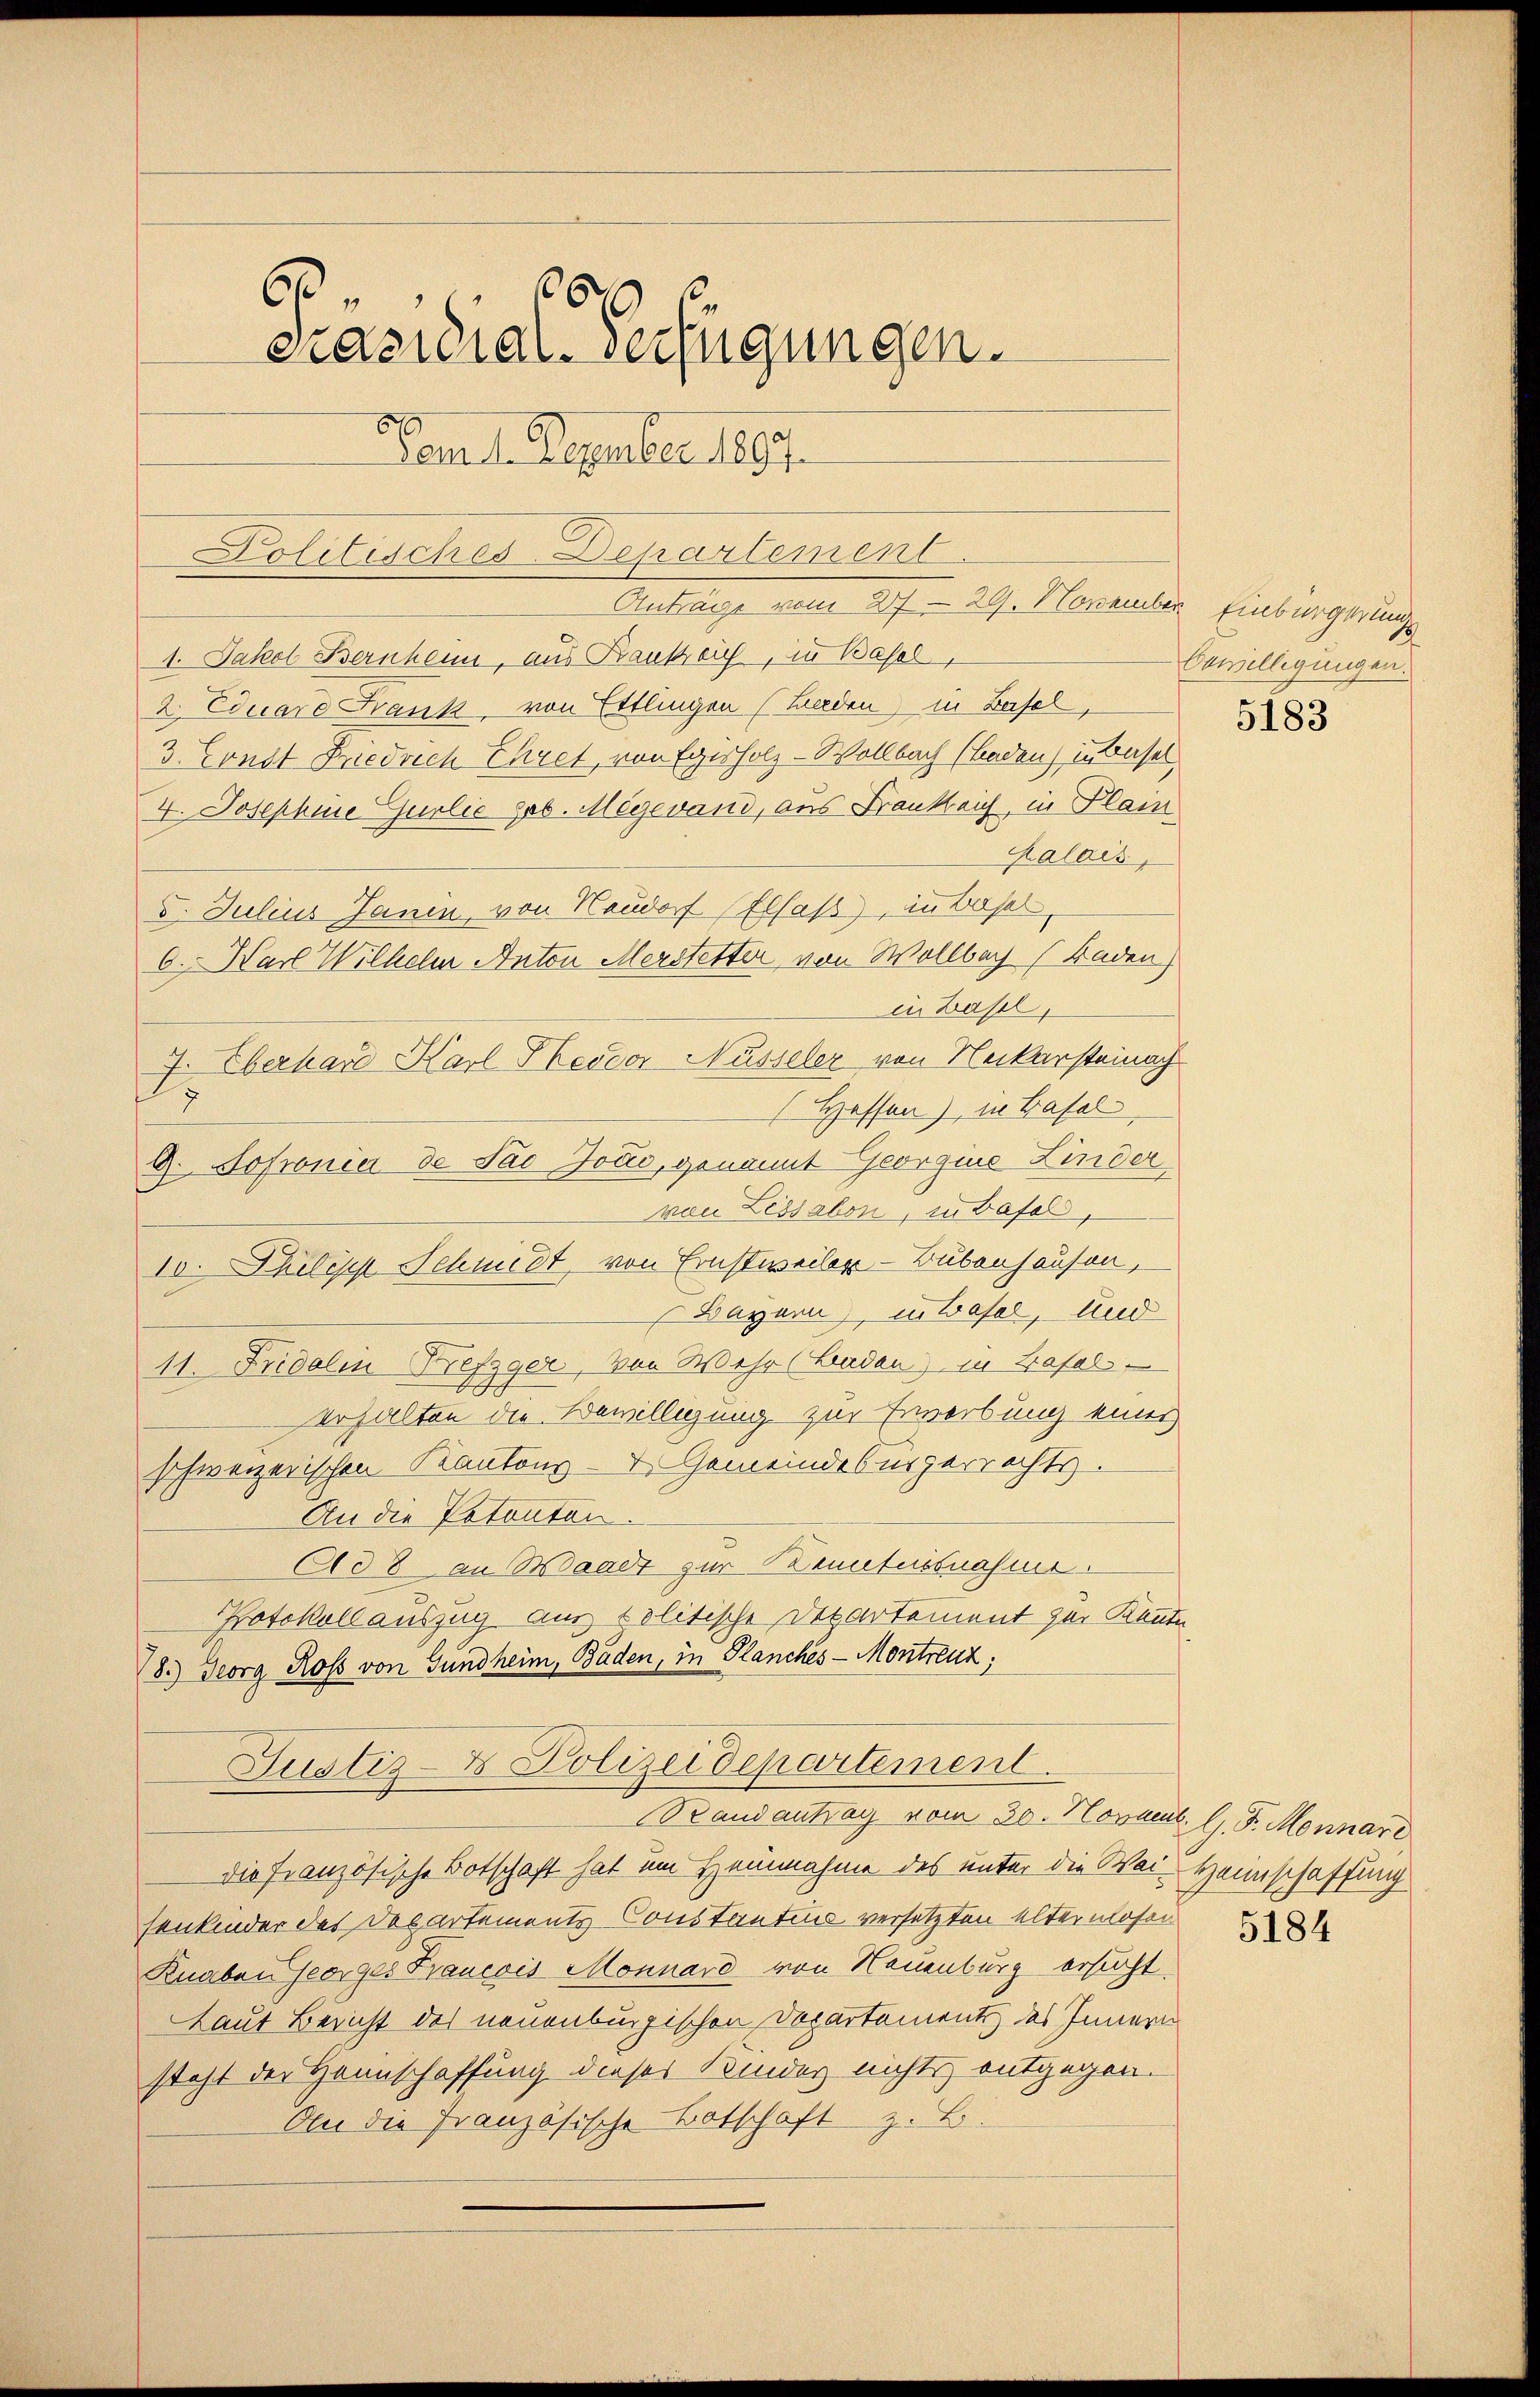
6
6
Präsidial-Verfügungen.
Dem 1. Dezember 1897.
Politisches-Departement.

1. Jakob Bernheim, aus Bankreich, in Basel,
2. Eduaro Frank, von Ettlingen (Baden) in Basel,
3. Const Friedrich Ehret, von Egisholz-Wollbach (Baden) in Basel
4. Josephine Gurlie geb. Megevand, aus Frankreich, in Plain
Kalais,
5. Julius Janen, von Neudorf (Elsaß), in Bas
6. Karl Wilhelm Anton Merstetter von Wollbach (Baden)
in Basel,
J
Hessen), in Basel
von Lissabon, in Basel,
10. Philis Schmidt, von Ernstweiler - Bubenhausen,
Bayern) in Basel, und
11. Fridalm Brefzger, von Wehr (Baden) in Basel-
erhalten die Bewilligung zur Erwerbung eines
schweizerischen Kantons- & Gemeindebürgerrechts.
An die Patenten.
Ad 8 an Waadt zur Kenntnisnahme.
PPotokollauszug aus politische Departement zur Kennte,
8.) Georg Ross von Gundheim, Baden, in Planches-Montreuz,
Justiz- & Polizeidepartement.
andantrag vom 30. Novact. l. J. Monnar
die französische Botschaft hat um Heinnahme des unter die Wai-Heimschaffung
senkinder des Departements Constantine versetzten altermosen
Knaben Georges Krancois Monnard von Neuenburg ersucht.
Laut Bericht des neuenburgischen Departements des Innern
steht der Hannschaffung dieses Kindes nichts entgegen.
An die Französische Botschaft z. B.

2. Eberhard Karl Theodor Nüsseler von Neckarsteinach

9. Hofronia de Pao Jočić, genannt Georgnis Kinder

Anträge vom 27. 29. November Einbürgerungs

bewilligungen.

5183

5184